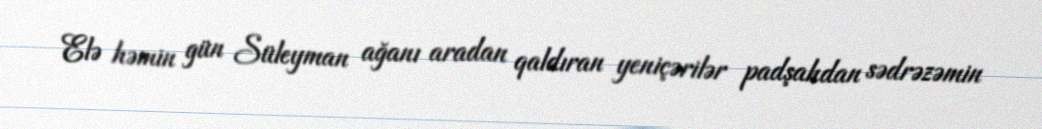
Elə həmin gün Süleyman ağanı aradan qaldıran yeniçərilər padşahdan sədrəzəmin